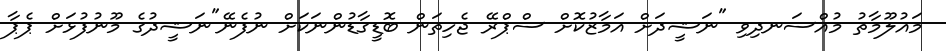
މައުލޫމާތު މުއްސަނދިވި "ނަޝީދަށް އަމާޒުކޮށް ސްޕްރޭ ޖެހިތަން ބޮޑީގާޑުންނަކަށް ނުފެނޭ"ނަޝީދުގެ މޫނުފުޅަށް ޕެޕާ